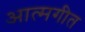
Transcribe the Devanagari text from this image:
आत्मगीत